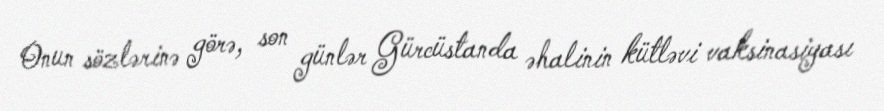
Onun sözlərinə görə, son günlər Gürcüstanda əhalinin kütləvi vaksinasiyası